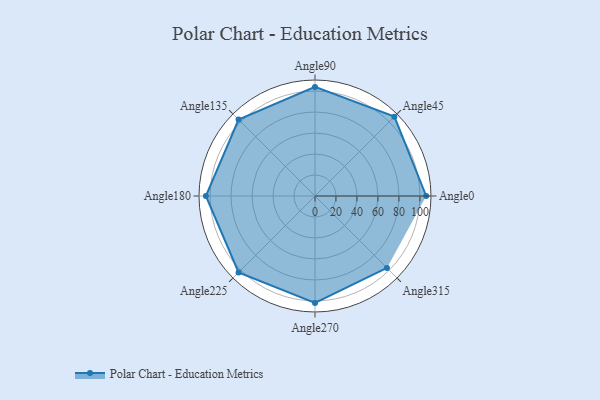
{"axis": {"x": "Angle", "y": "Radius"}, "legend": [""], "data": [{"x": "Angle0", "y": 106.0, "type": ""}, {"x": "Angle45", "y": 107.0, "type": ""}, {"x": "Angle90", "y": 104.0, "type": ""}, {"x": "Angle135", "y": 103.0, "type": ""}, {"x": "Angle180", "y": 104.0, "type": ""}, {"x": "Angle225", "y": 103.0, "type": ""}, {"x": "Angle270", "y": 102.0, "type": ""}, {"x": "Angle315", "y": 97.0, "type": ""}]}